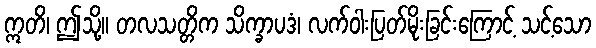
ဣတိ၊ ဤသို့။ တလသတ္တိက သိက္ခာပဒံ၊ လက်ဝါးပြတ်မိုးခြင်းကြောင့် သင့်သော